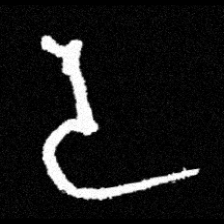
Pyu character \u2014 Myanmar letter: ဒ (romanized: da)